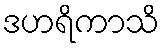
ဒဟရိကာသိ